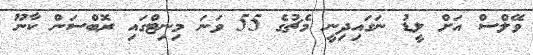
ވޭލްސް އަށް ލީޑު ނަގައިދިނީ މެޗުގެ 55 ވަނަ މިނިޓްގައި ރޮބްސަން ކާނޫ